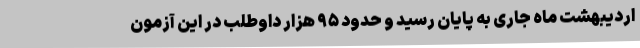
اردیبهشت ماه جاری به پایان رسید و حدود ۹۵ هزار داوطلب در این آزمون